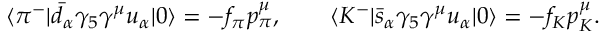
\langle \pi ^ { - } | \bar { d } _ { \alpha } \gamma _ { 5 } \gamma ^ { \mu } u _ { \alpha } | 0 \rangle = - f _ { \pi } p _ { \pi } ^ { \mu } , \qquad \langle K ^ { - } | \bar { s } _ { \alpha } \gamma _ { 5 } \gamma ^ { \mu } u _ { \alpha } | 0 \rangle = - f _ { K } p _ { K } ^ { \mu } .